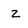
Character: z